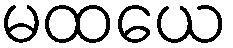
မထယေ